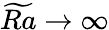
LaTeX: \widetilde{Ra}\to\infty